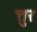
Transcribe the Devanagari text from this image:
त्तुर